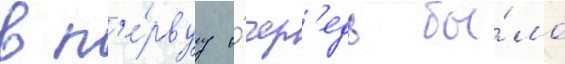
в п'е́рвуу о́чер'едь бы́ло